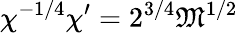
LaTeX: \chi^{-1/4}\chi^{\prime}=2^{3/4}{\mathfrak{M}}^{1/2}